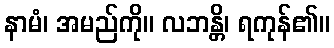
နာမံ၊ အမည်ကို။ လဘန္တိ၊ ရကုန်၏။